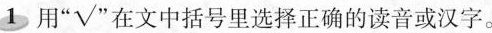
1 用”√”在文中括号里选择正确的读音或汉字。